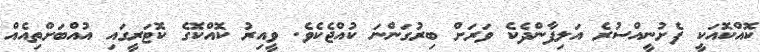
ކޮއްކޮއަކީ ފެށުނީއްސުރެ އަލިފާންދެކެ ވަރަށް ބިރުގަންނަ ކުއްޖެކެވެ. ވީއިރު ކޮއްކޮގެ ކޮޮޓަރީގައި އުއްބަށްތިއެއް